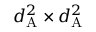
d _ { \mathrm { A } } ^ { 2 } \times d _ { \mathrm { A } } ^ { 2 }